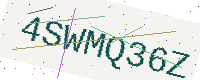
Text: 4SWMQ36Z